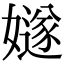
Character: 嬘